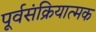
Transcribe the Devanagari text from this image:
पूर्वसंक्रियात्मक